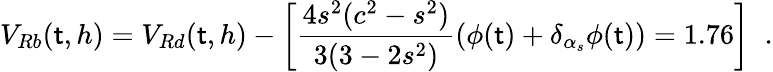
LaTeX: V_{Rb}(\mathsf{t},h)=V_{Rd}(\mathsf{t},h)-\left[\frac{{4s^{2}(c^{2}-s^{2})}}{{3(3-2s^{2})}}(\phi(\mathsf{t})+\delta_{\alpha_{s}}\phi(\mathsf{t}))=1.76\right]\; \; .